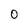
Character: 0